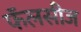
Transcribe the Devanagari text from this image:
फॅलसीज